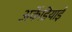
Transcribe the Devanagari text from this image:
अर्केडियाई